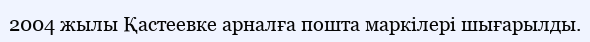
2004 жылы Қастеевке арналға пошта маркілері шығарылды.